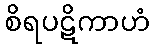
စိရပဋိကာဟံ